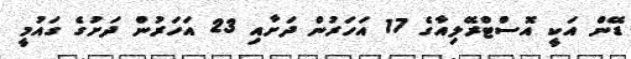
ޑޭން އަކީ އޮސްޓްރޭލިއާގެ 17 އަހަރުން ދަށާއި 23 އަހަރުން ދަށުގެ ގައުމީ